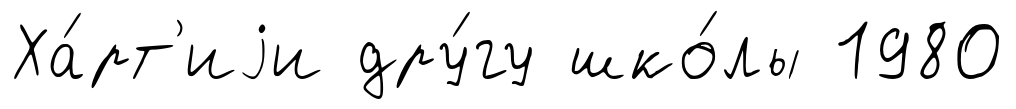
Ха́рт'иjи дру́гу шко́лы 1980